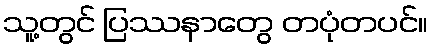
သူ့တွင် ပြဿနာတွေ တပုံတပင်။